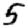
Digit: 5